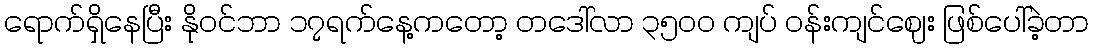
ရောက်ရှိနေပြီး နိုဝင်ဘာ ၁၇ရက်နေ့ကတော့ တဒေါ်လာ ၃၅၀၀ ကျပ် ဝန်းကျင်ဈေး ဖြစ်ပေါ်ခဲ့တာ